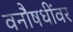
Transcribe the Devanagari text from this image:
वनौषधींवर